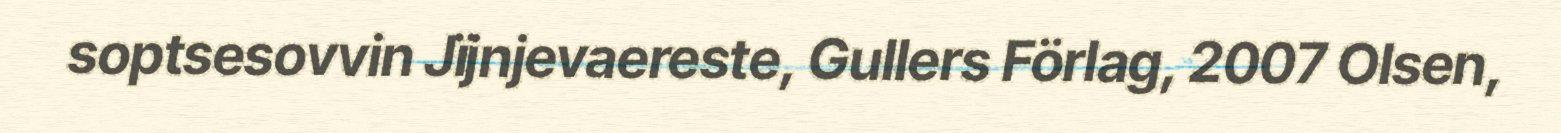
soptsesovvin Jïjnjevaereste, Gullers Förlag, 2007 Olsen,